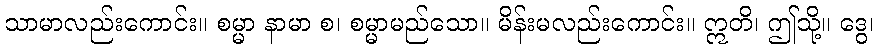
သာမာလည်းကောင်း။ စမ္မာ နာမာ စ၊ စမ္မာမည်သော။ မိန်းမလည်းကောင်း။ ဣတိ၊ ဤသို့။ ဒွေ၊